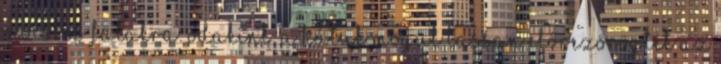
mocskos falakra. Odakint, a hátuk mögül lassan előrezörögtek az